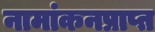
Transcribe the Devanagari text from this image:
नामांकनप्राप्त